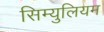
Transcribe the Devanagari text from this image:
सिम्युलियम